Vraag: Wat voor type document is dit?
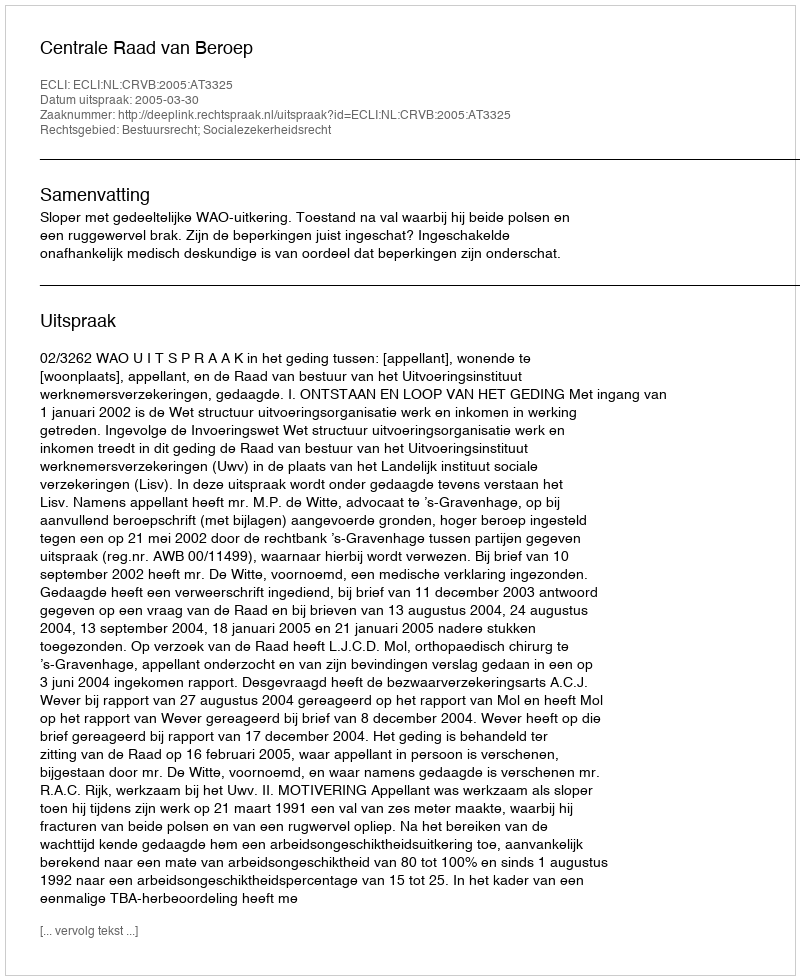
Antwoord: Uitspraak